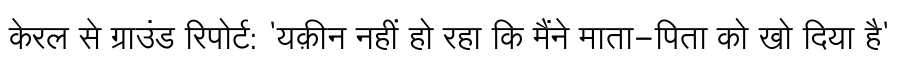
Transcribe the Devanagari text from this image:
केरल से ग्राउंड रिपोर्ट: 'यक़ीन नहीं हो रहा कि मैंने माता-पिता को खो दिया है'